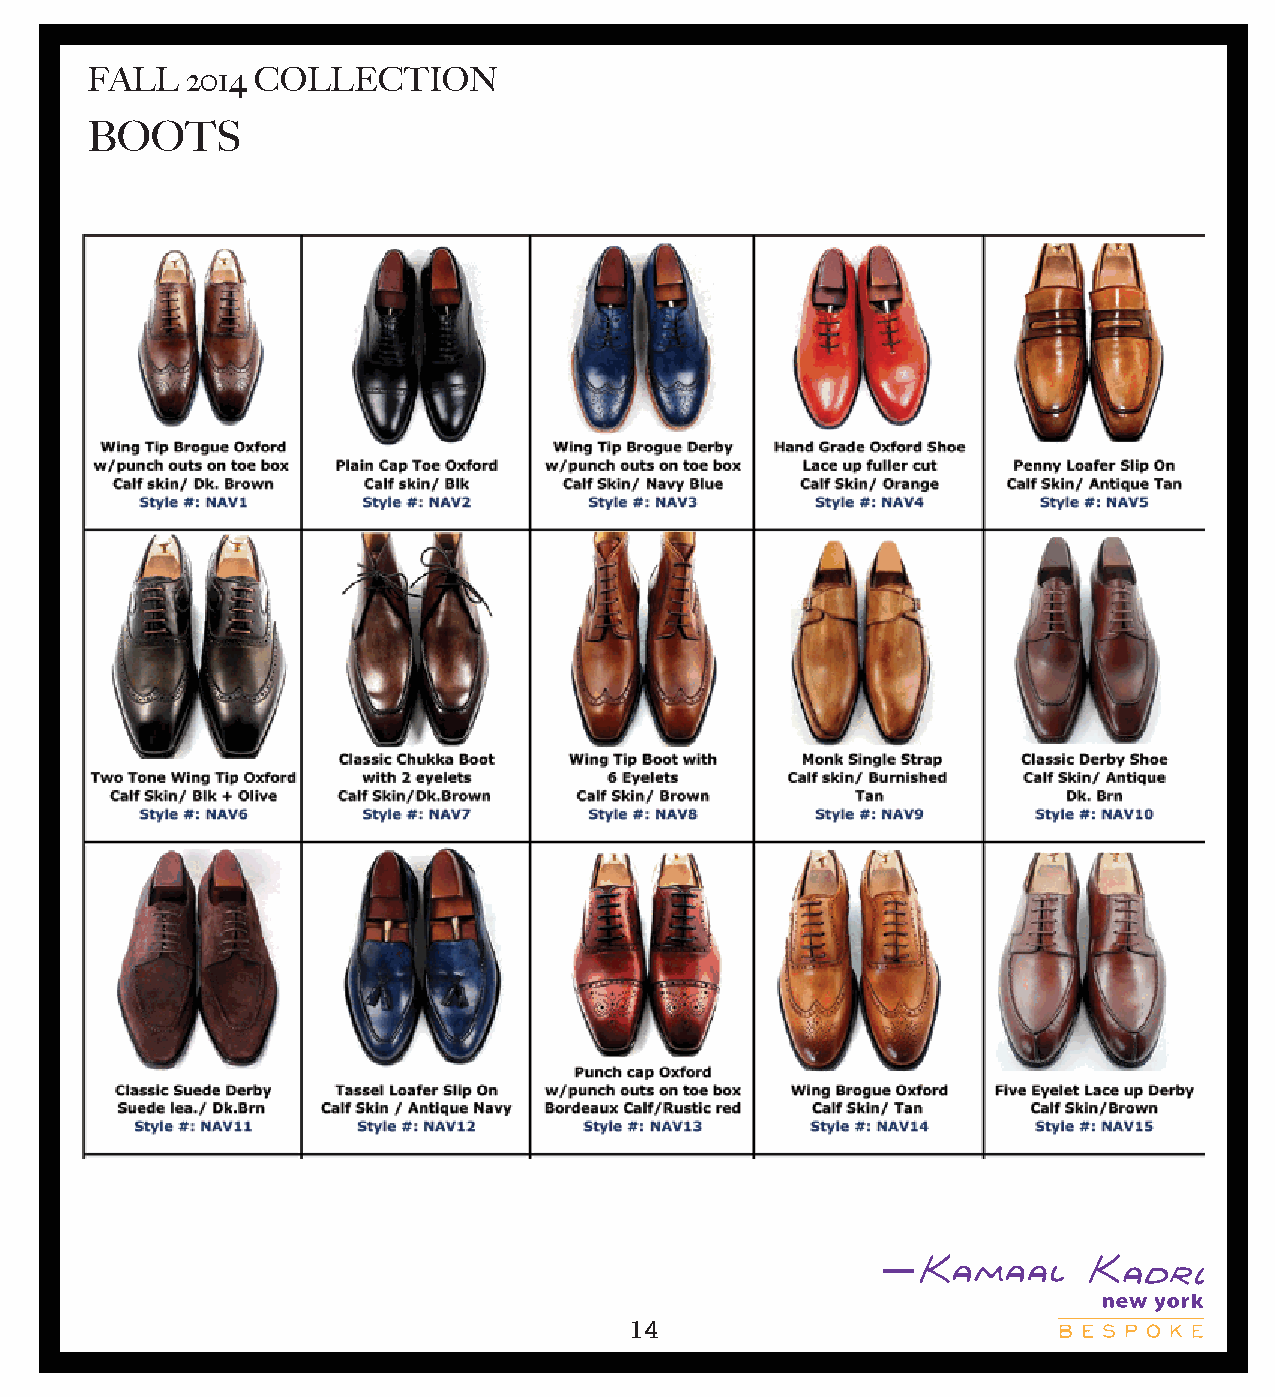
FALL  2014 COLLECTION
 BFAOLL/O WTINTSER 2014 COLLEZIONI- BOOTS
 Two Tone Wing Boot Wing Monk Boot
 Calf Skin/Navy+Bordeaux w/punch outs on toe box Two Tone Wing Derby Classic Brogue Boot
 Suede        Calf Skin/ Burgundy Calf Skin/Tan+Brn Calf Skin/Brn
 Style #: BOT2     Style #: BOT3     Style #: BOT4   Style #: BOT5
 Classic Brogue Boot Classic Derby Boot Classic Berby Boot
 Classic Chukka Boot w/punch outs on toe box w/punch outs on toe box Calf Skin/Dk Blue
 Calf Skin/Brn    Calf Skin/ DK Brn Calf Skin/ Burgundy
 Style #: BOT7     Style #: BOT8     Style #: BOT9   Style #: BOT10
 Two Chelsea Boot Wing Brogue Dress Boot Three Eyelet Chukka Boot Two Tone Cap Boot
 Calf Skin/Blk+Dk Brn w/punch outs on toe box Calf Skin/Blk Calf Skin/Brn+ Dk Brn
 Suede          Calf Skin/ Blk
 Style #: BOT12    Style #: BOT13   Style #: BOT14   Style #: BOT15
 Cap Toe Dress Boot Two Eyelet Chukka Boot Two Eyelet Chukka Boot
 Calf Skin/Tan+ Brn+ Dk Brn Calf Skin/Tan Calf Skin/ Green
 Style #: BOT16    Style #: BOT17   Style #: BOT18
 14